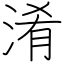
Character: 淆